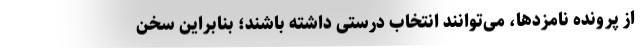
از پرونده نامزدها، می‌توانند انتخاب درستی داشته باشند؛ بنابراین سخن